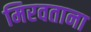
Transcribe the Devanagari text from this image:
मिरवताना